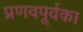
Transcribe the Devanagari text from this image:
प्रणवपूर्वका